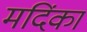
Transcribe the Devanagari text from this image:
मदिंका